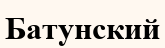
Батунский